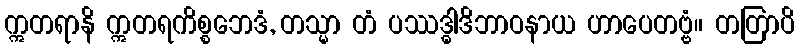
ဣတရာနိ ဣတရကိစ္စဘေဒံ, တသ္မာ တံ ပဿဒ္ဓါဒိဘာဝနာယ ဟာပေတဗ္ဗံ။ တတြာပိ